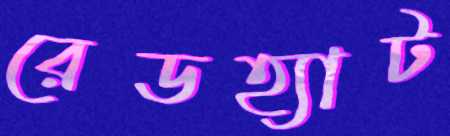
রেডহ্যাট